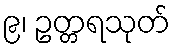
၉၊ ဥတ္တရသုတ်